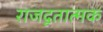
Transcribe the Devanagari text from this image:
राजदूतात्मक